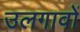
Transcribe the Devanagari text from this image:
उलगावों